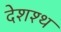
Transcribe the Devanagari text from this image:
देशश्थ